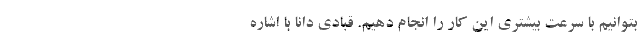
بتوانیم با سرعت بیشتری این کار را انجام دهیم. قبادی دانا با اشاره